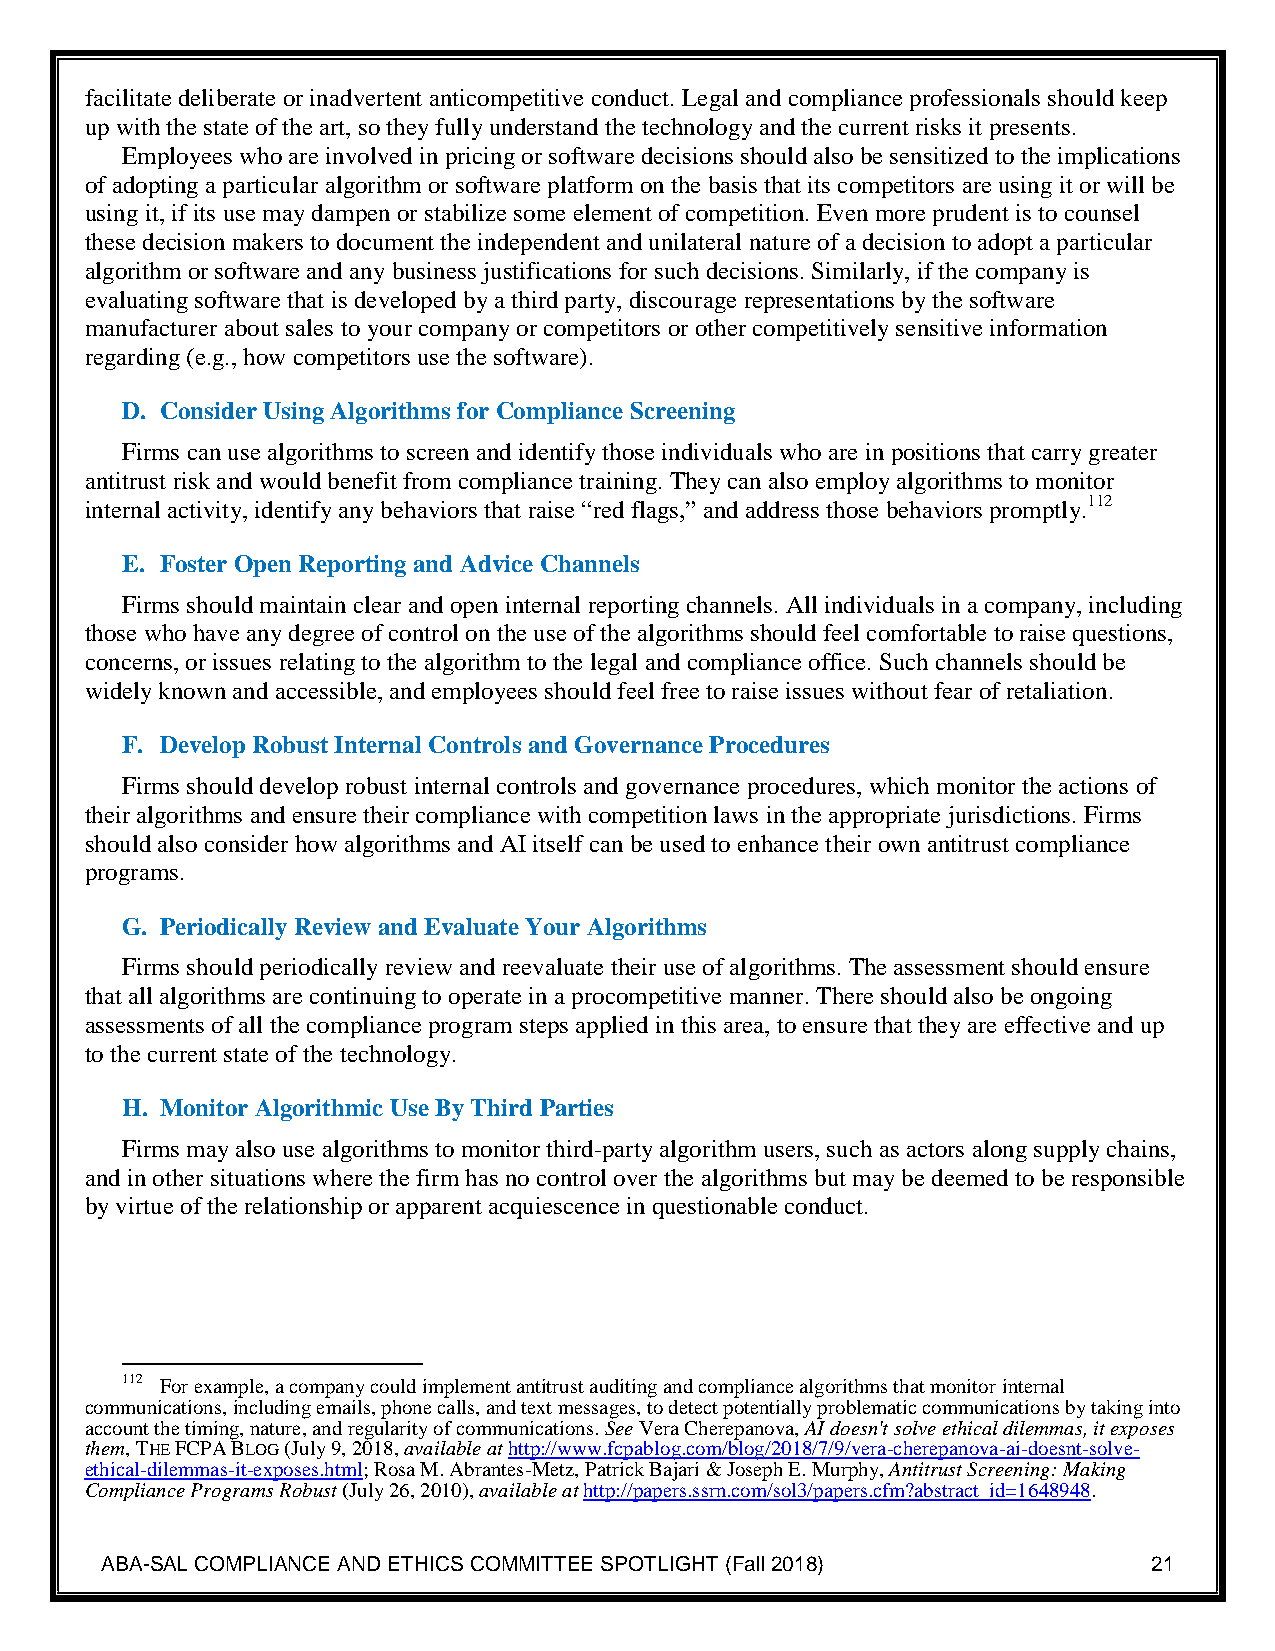
facilitate deliberate or inadvertent anticompetitive conduct. Legal and compliance professionals should keep
 up with the state of the art, so they fully understand the technology and the current risks it presents.
 Employees who are involved in pricing or software decisions should also be sensitized to the implications
 of adopting a particular algorithm or software platform on the basis that its competitors are using it or will be
 using it, if its use may dampen or stabilize some element of competition. Even more prudent is to counsel
 these decision makers to document the independent and unilateral nature of a decision to adopt a particular
 algorithm or software and any business justifications for such decisions. Similarly, if the company is
 evaluating software that is developed by a third party, discourage representations by the software
 manufacturer about sales to your company or competitors or other competitively sensitive information
 regarding (e.g., how competitors use the software).
 D. Consider Using Algorithms for Compliance Screening
 Firms can use algorithms to screen and identify those individuals who are in positions that carry greater
 antitrust risk and would benefit from compliance training. They can also employ algorithms to monitor
 internal activity, identify any behaviors that raise “red flags,” and address those behaviors promptly.112
 E. Foster Open Reporting and Advice Channels
 Firms should maintain clear and open internal reporting channels. All individuals in a company, including
 those who have any degree of control on the use of the algorithms should feel comfortable to raise questions,
 concerns, or issues relating to the algorithm to the legal and compliance office. Such channels should be
 widely known and accessible, and employees should feel free to raise issues without fear of retaliation.
 F. Develop Robust Internal Controls and Governance Procedures
 Firms should develop robust internal controls and governance procedures, which monitor the actions of
 their algorithms and ensure their compliance with competition laws in the appropriate jurisdictions. Firms
 should also consider how algorithms and AI itself can be used to enhance their own antitrust compliance
 programs.
 G. Periodically Review and Evaluate Your Algorithms
 Firms should periodically review and reevaluate their use of algorithms. The assessment should ensure
 that all algorithms are continuing to operate in a procompetitive manner. There should also be ongoing
 assessments of all the compliance program steps applied in this area, to ensure that they are effective and up
 to the current state of the technology.
 H. Monitor Algorithmic Use By Third Parties
 Firms may also use algorithms to monitor third-party algorithm users, such as actors along supply chains,
 and in other situations where the firm has no control over the algorithms but may be deemed to be responsible
 by virtue of the relationship or apparent acquiescence in questionable conduct.
 112 For example, a company could implement antitrust auditing and compliance algorithms that monitor internal
 communications, including emails, phone calls, and text messages, to detect potentially problematic communications by taking into
 account the timing, nature, and regularity of communications. See Vera Cherepanova, AI doesn't solve ethical dilemmas, it exposes
 them, THE FCPA BLOG (July 9, 2018, available at http://www.fcpablog.com/blog/2018/7/9/vera-cherepanova-ai-doesnt-solve-
 ethical-dilemmas-it-exposes.html; Rosa M. Abrantes-Metz, Patrick Bajari & Joseph E. Murphy, Antitrust Screening: Making
 Compliance Programs Robust (July 26, 2010), available at http://papers.ssrn.com/sol3/papers.cfm?abstract_id=1648948.
 ABA-SAL COMPLIANCE AND ETHICS COMMITTEE SPOTLIGHT (Fall 2018)        21